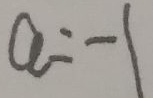
a = - 1